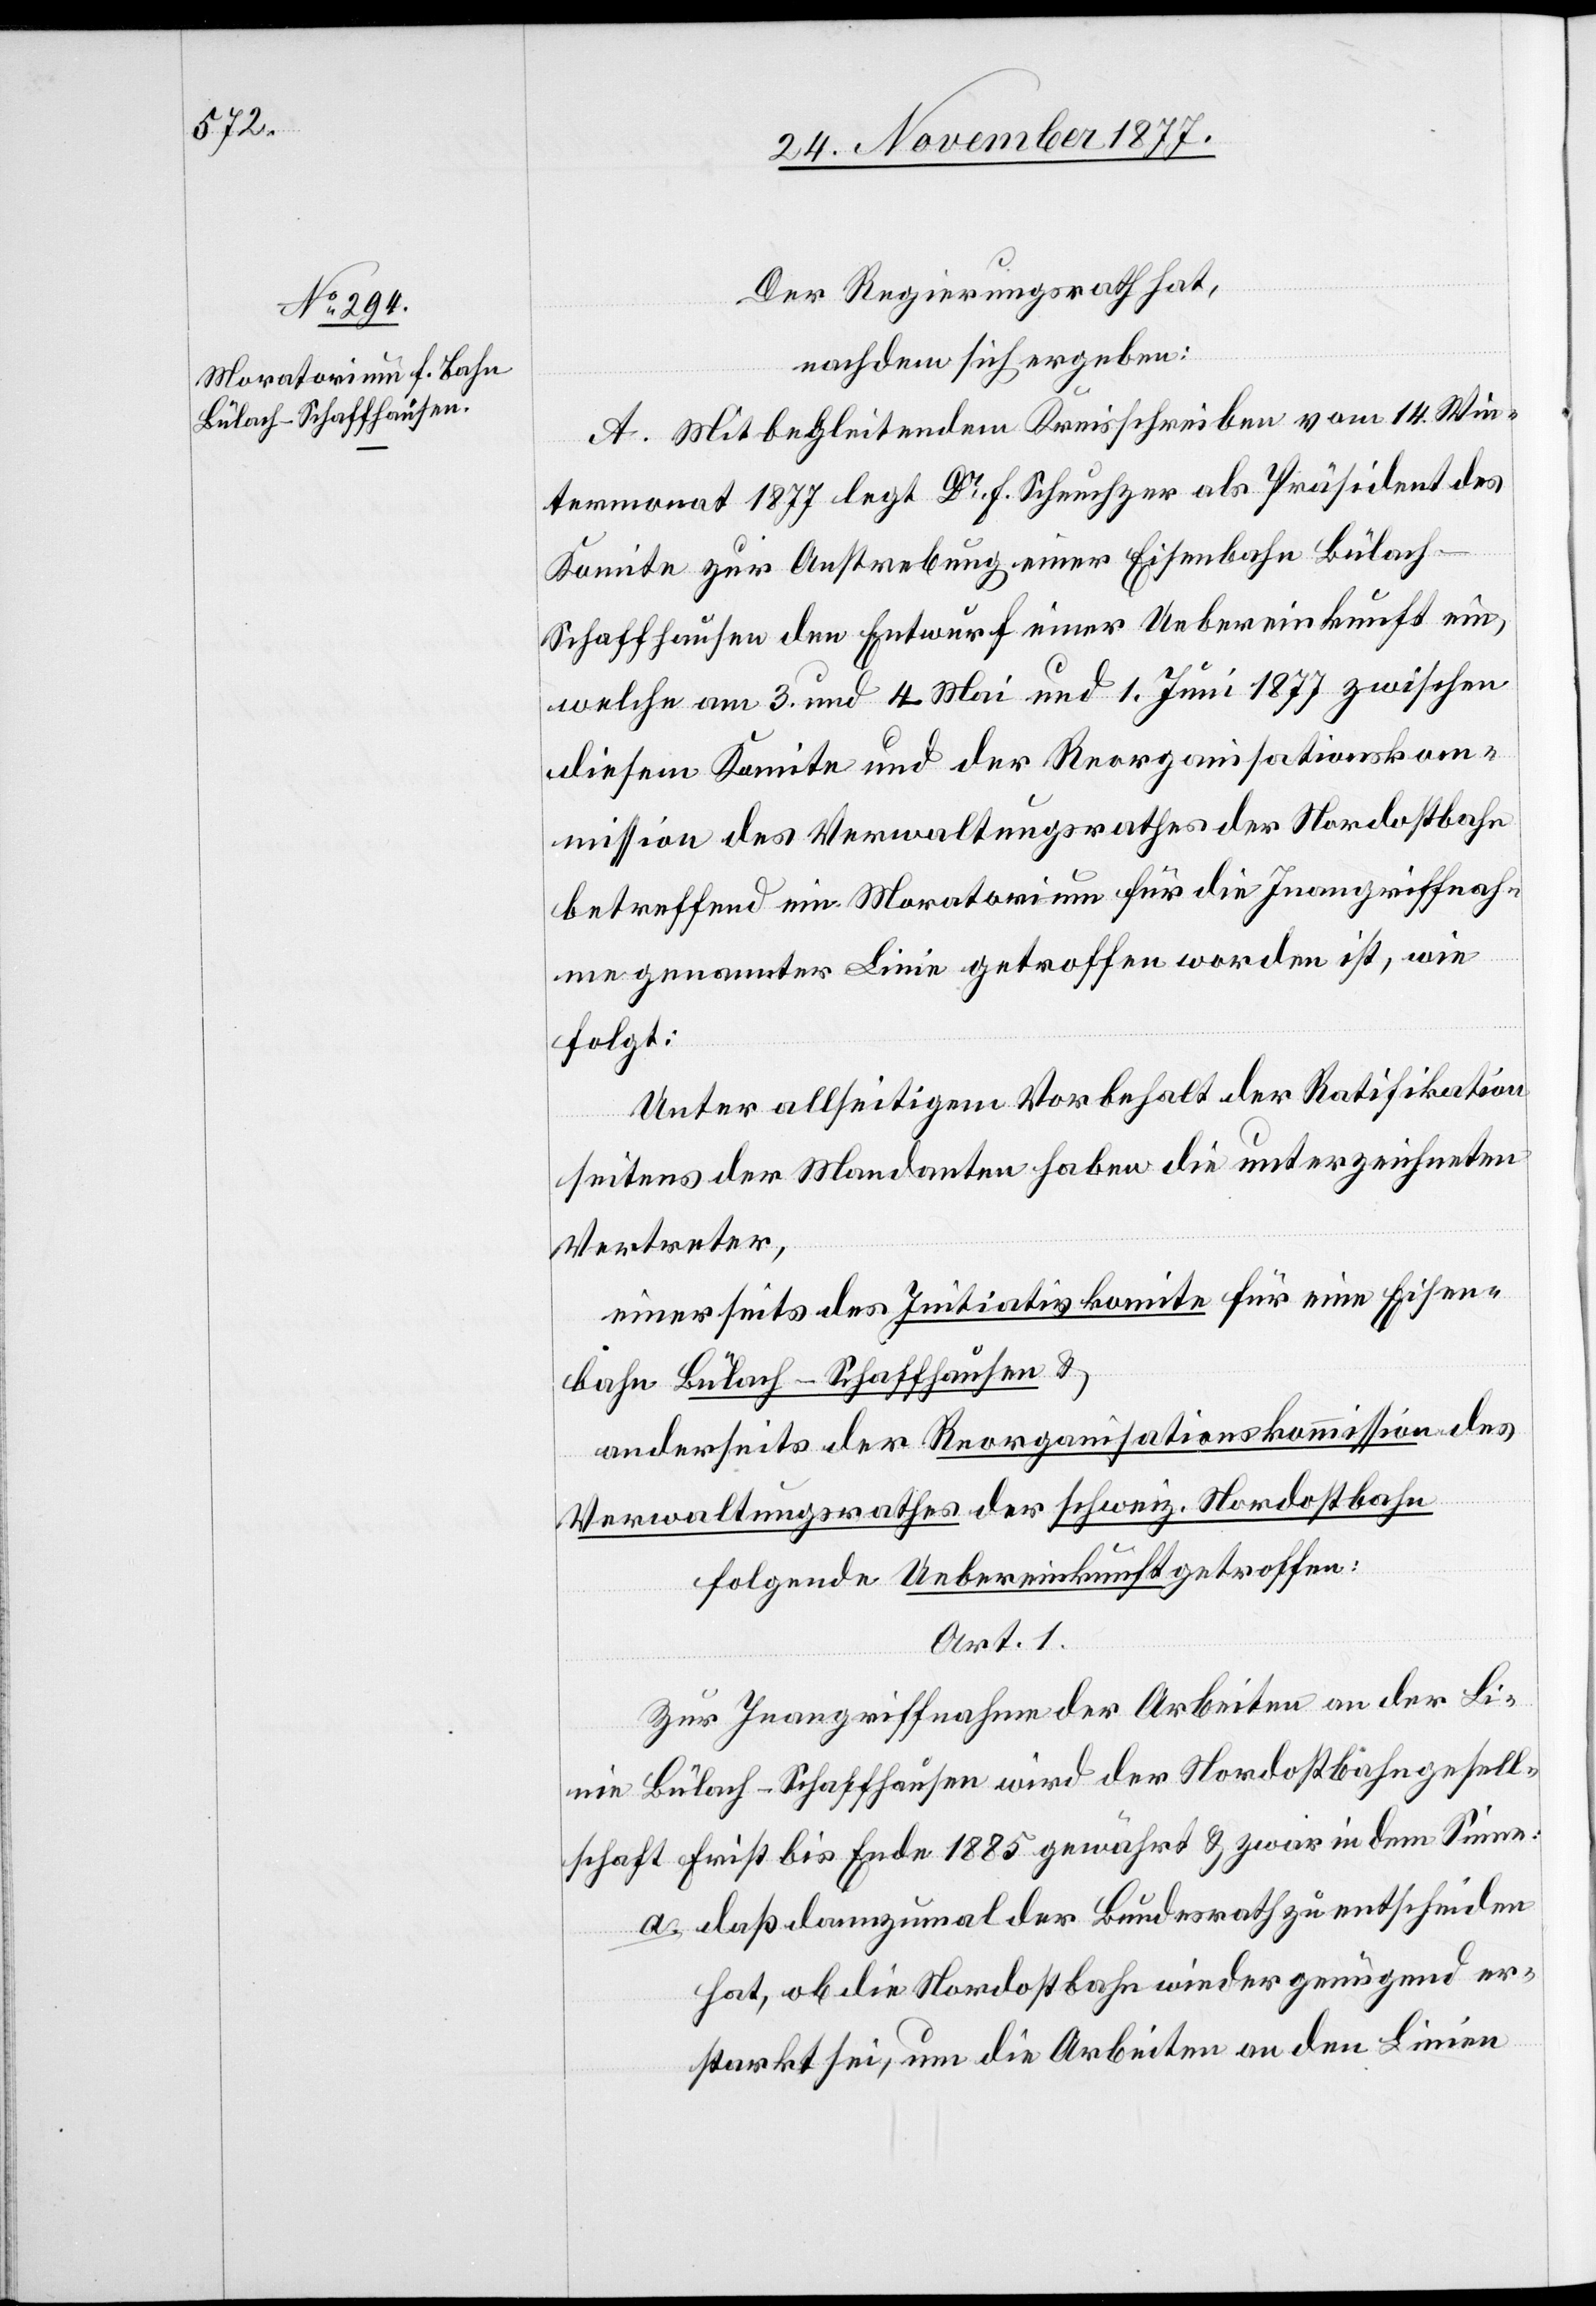
Der Regierungsrath hat,
nachdem sich ergeben:
A. Mit begleitendem Kreisschreiben vom 14. Win¬
termonat 1877 legt Dr F. Scheuchzer als Präsident des
Komite zur Anstrebung einer Eisenbahn Bülac¬
h–Schaffhausen den Entwurf einer Uebereinkunft ein,
welche am 3. und 4. Mai und 1. Juni 1877 zwischen
diesem Komite und der Reorganisationskom¬
mission des Verwaltungsrathe der Nordostbahn
betreffend ein Moratorium für die Inangriffnah¬
me genannter Linie getroffen worden ist, wie
folgt:
Unter allseitigem Vorbehalt der Ratifikation
seitens der Mandanten haben die unterzeichneten
Vertreter,
einerseits des Initiativkomite für eine Eisen¬
bahn Bülach–Schaffhausen &
anderseits der Reorganisationskommission des
Verwaltungsrathes der schweiz. Nordostbahn
folgende Uebereinkunft getroffen:
Art. 1.
Zur Inangriffnahme der Arbeiten an der L¬
inie Bülach–Schaffhausen wird der Nordostbahngesell¬
schaft Frist bis Ende 1885 gewährt & zwar in dem Sinne:
daß dannzumal der Bundesrath zu entscheiden
hat, ob die Nordostbahn wieder genügend er¬
starkt sei, um die Arbeiten an den Linien